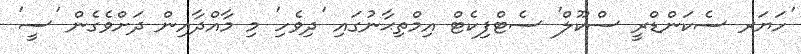
'ހަޔަރ ސެކަންޑްރީ ސްކޫލް' ސެޓްފިކެޓް އިމްތިޙާނުގައި 'ދިވެހި' މި މާއްދާއިން ދަށްވެގެން 'ސީ'